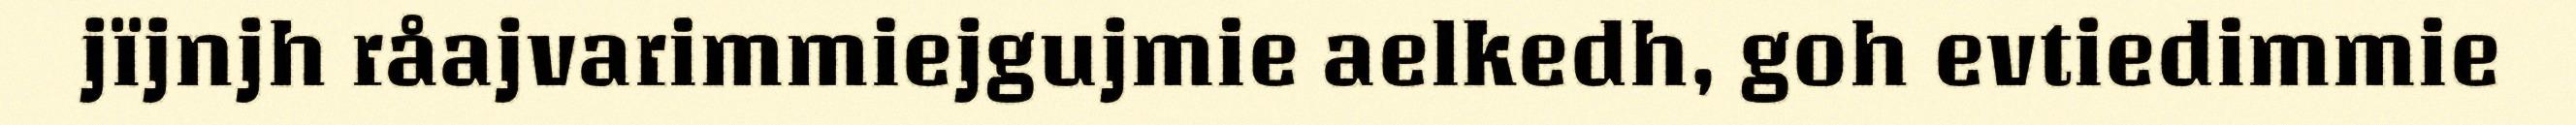
jïjnjh råajvarimmiejgujmie aelkedh, goh evtiedimmie